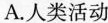
A.人类活动